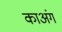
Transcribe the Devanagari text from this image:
काअंग